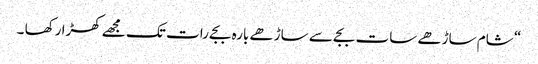
“ شام ساڑھے سات بجے سے ساڑھے بارہ بجے رات تک مجھے کھڑا رکھا ۔